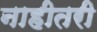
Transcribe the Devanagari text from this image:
नाहीतरी